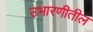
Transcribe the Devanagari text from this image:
उभारणीतील